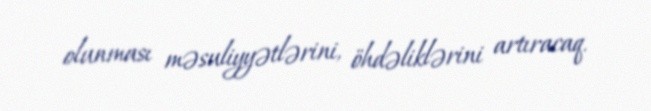
olunması məsuliyyətlərini, öhdəliklərini artıracaq.